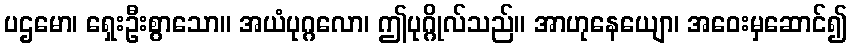
ပဌမော၊ ရှေးဦးစွာသော။ အယံပုဂ္ဂလော၊ ဤပုဂ္ဂိုလ်သည်။ အာဟုနေယျော၊ အဝေးမှဆောင်၍